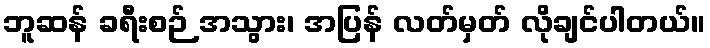
ဘူဆန် ခရီးစဉ် အသွား၊ အပြန် လတ်မှတ် လိုချင်ပါတယ်။